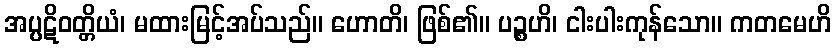
အပ္ပဋိဝတ္တိယံ၊ မထားမြင့်အပ်သည်။ ဟောတိ၊ ဖြစ်၏။ ပဉ္စဟိ၊ ငါးပါးကုန်သော။ ကတမေဟိ